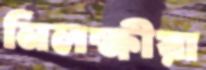
নিলক্ষীয়া